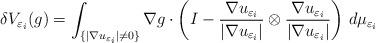
LaTeX: \begin{align*} \delta V_{\varepsilon_i}(g) = \int_{\{|\nabla u_{\varepsilon_i} |\neq 0\}} \nabla g \cdot \left(I - \dfrac{\nabla u_{\varepsilon_i}}{|\nabla u_{\varepsilon_i}|} \otimes \dfrac{\nabla u_{\varepsilon_i}}{|\nabla u_{\varepsilon_i}|}\right) \, d\mu_{\varepsilon_i} \end{align*}